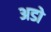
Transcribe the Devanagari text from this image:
अडो